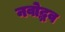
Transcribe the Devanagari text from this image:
नवोद्भव